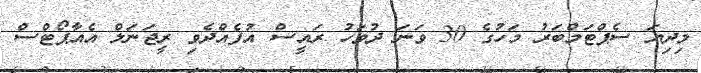
މިދިޔަ ސެޕްޓަމްބަރު މަހުގެ 30 ވަނަ ދުވަހު ރައީސް އުފެއްދެވި ރީޖަނަލް އެއާޕޯޓްސް